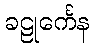
ခဠုင်္ကေန